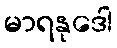
မာရနုဒေါ